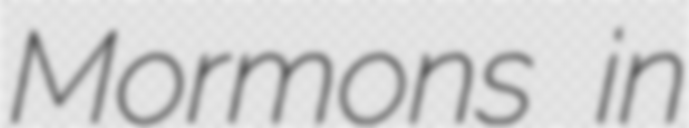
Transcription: Mormons in